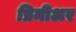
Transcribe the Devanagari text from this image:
प्रिमीअर